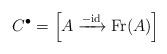
LaTeX: \begin{align*}C^{\bullet}=\left [A\xrightarrow{-\mathrm{id}} \mathrm{Fr} (A)\right ] \end{align*}